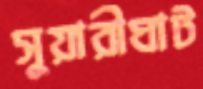
সুয়ারীঘাট